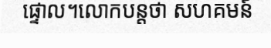
ផ្ទោល។លោកបន្តថា សហគមន៍